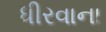
ધીરવાના